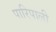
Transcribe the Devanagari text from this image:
पारिपाली